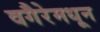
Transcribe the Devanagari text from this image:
वगैरेमधून